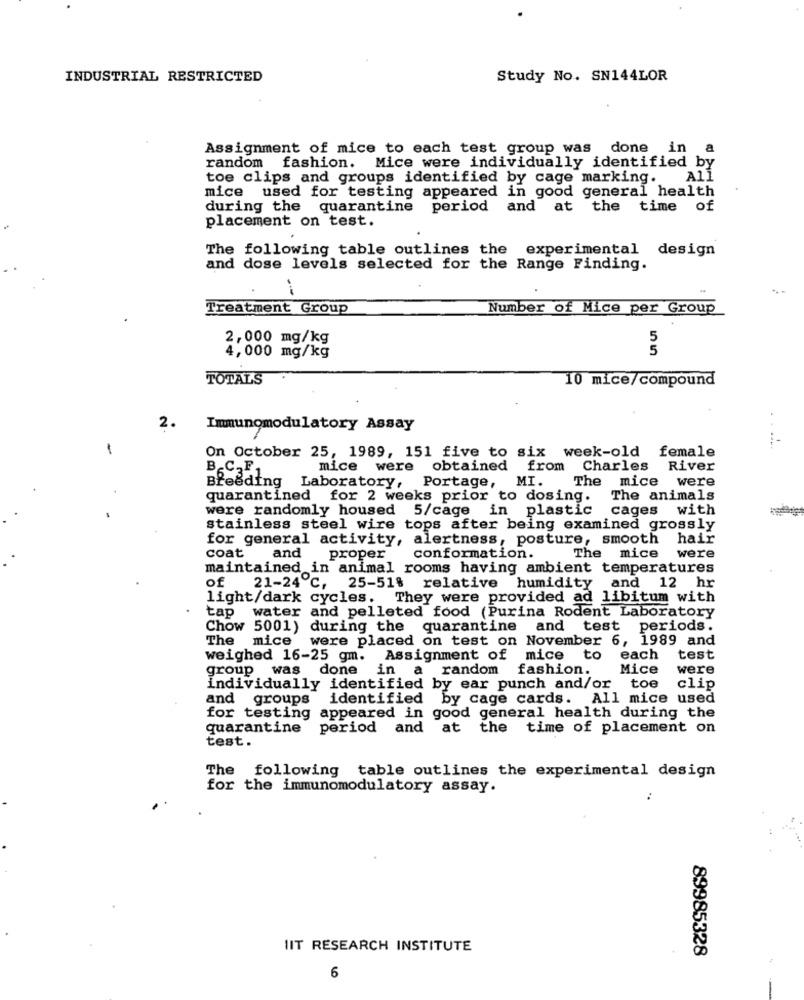
INDUSTRIAL RESTRICTED
Study No. SN144LOR
Assignment of mice to each test group was done in
a
random fashion. Mice were individually identified by
toe clips and groups identified by cage marking.
All
mice used for testing appeared in good general health
during the quarantine period and at the time of
placement on test.
The following table outlines the experimental design
and dose levels selected for the Range Finding.
---
Treatment Group
Number of Mice per Group
2,000 mg/kg
5
5
4,000 mg/kg
TOTALS
10 mice/compound
2.
Immunomodulatory Assay
.....
On October 25, 1989, 151 five to six week-old female
B.C.F.
mice were obtained from Charles River
The mice were
Breeding
Laboratory, Portage, MI.
quarantined for 2 weeks prior to dosing.
The animals
were randomly housed 5/cage in plastic cages with
stainless steel wire tops after being examined grossly
for general activity, alertness, posture, smooth hair
coat
and
proper conformation.
The mice were
maintained in animal rooms having ambient temperatures
of 21-24℃, 25-51% relative humidity and 12 hr
light/dark cycles. They were provided ad libitum with
tap water and pelleted food (Purina Rodent Laboratory
Chow 5001) during the quarantine and test periods.
The mice were placed on test on November 6, 1989 and
weighed 16-25 gm. Assignment of mice to each test
group was done in a random fashion.
Mice
were
individually identified by ear punch and/or toe
clip
and groups identified by cage cards. All mice used
for testing appeared in good general health during the
quarantine
period and at the time of placement on
test.
The following table outlines the experimental design
for the immunomodulatory assay.
IIT RESEARCH INSTITUTE
89985328
6
--